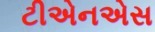
ટીએનએસ